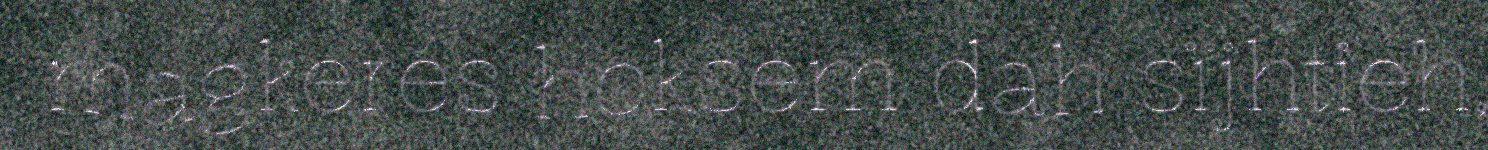
magkeres hoksem dah sïjhtieh,